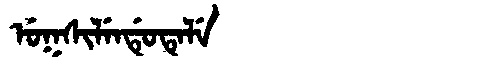
Manchu: ᡠᡴᠰᡳᠯᡝᠨᡩᡠᡨᡝᠯᡝ
Romanization: UKSILENDUTELE